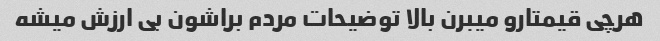
هرچی قیمتارو میبرن بالا توضیحات مردم براشون بی ارزش میشه